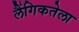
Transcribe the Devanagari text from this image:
लैंगिकतेला